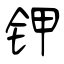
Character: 钾